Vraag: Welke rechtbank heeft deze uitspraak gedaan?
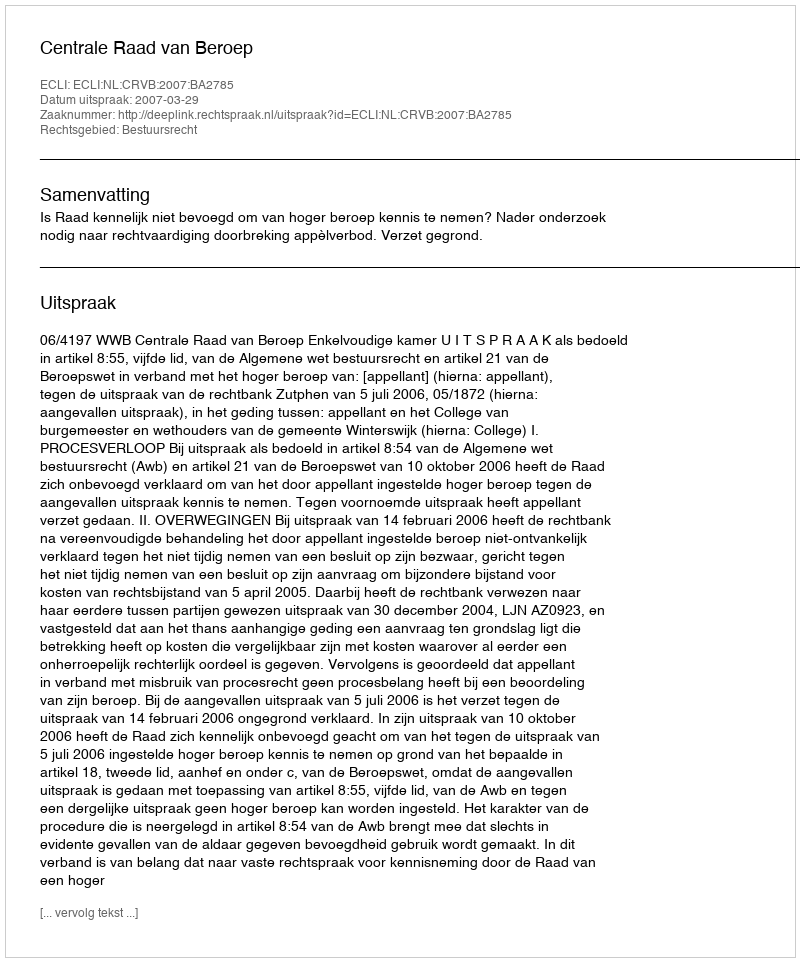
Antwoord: Centrale Raad van Beroep